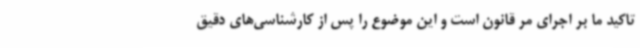
تاکید ما بر اجرای مر قانون است و این موضوع را پس از کارشناسی‌های دقیق